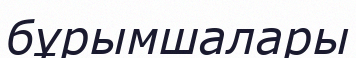
бұрымшалары